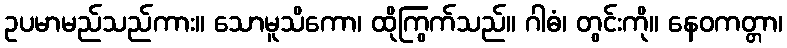
ဥပမာမည်သည်ကား။ သောမူသိကော၊ ထိုကြွက်သည်။ ဂါဓံ၊ တွင်းကို။ နေဝကတ္တာ၊